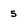
Character: 5